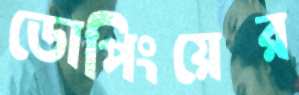
ডোপিংয়ের